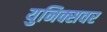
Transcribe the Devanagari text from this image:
युनिक्सवर